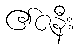
၏ဇနီး